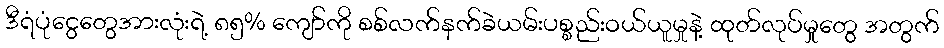
ဒီရံပုံငွေတွေအားလုံးရဲ့ ၈၅% ကျော်ကို စစ်လက်နက်ခဲယမ်းပစ္စည်းဝယ်ယူမှုနဲ့ ထုတ်လုပ်မှုတွေ အတွက်